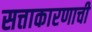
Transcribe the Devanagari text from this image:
सत्ताकारणाची